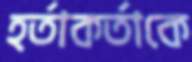
হর্তাকর্তাকে